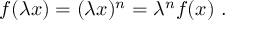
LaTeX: f ( \lambda x ) = ( \lambda x ) ^ { n } = \lambda ^ { n } f ( x ) ~ .